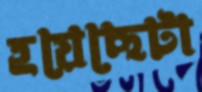
হয়েছেটা